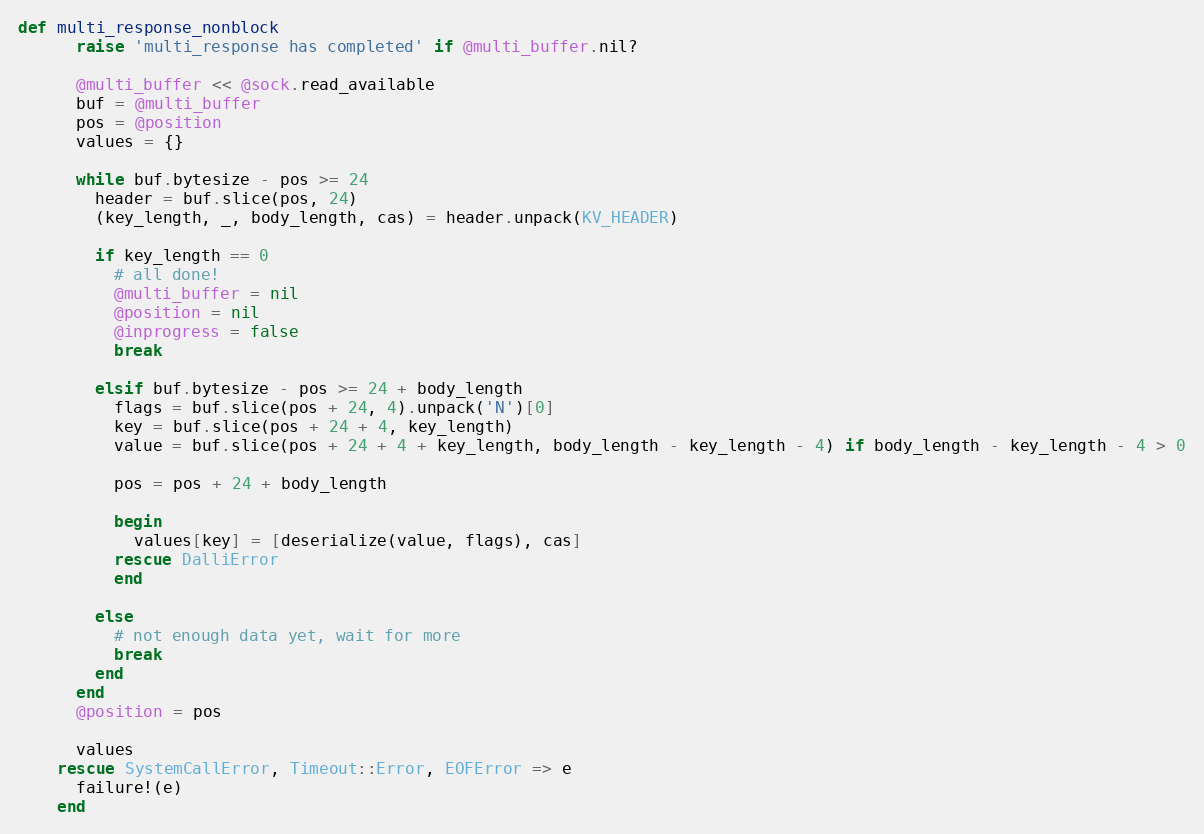
Language: Ruby
def multi_response_nonblock
      raise 'multi_response has completed' if @multi_buffer.nil?

      @multi_buffer << @sock.read_available
      buf = @multi_buffer
      pos = @position
      values = {}

      while buf.bytesize - pos >= 24
        header = buf.slice(pos, 24)
        (key_length, _, body_length, cas) = header.unpack(KV_HEADER)

        if key_length == 0
          # all done!
          @multi_buffer = nil
          @position = nil
          @inprogress = false
          break

        elsif buf.bytesize - pos >= 24 + body_length
          flags = buf.slice(pos + 24, 4).unpack('N')[0]
          key = buf.slice(pos + 24 + 4, key_length)
          value = buf.slice(pos + 24 + 4 + key_length, body_length - key_length - 4) if body_length - key_length - 4 > 0

          pos = pos + 24 + body_length

          begin
            values[key] = [deserialize(value, flags), cas]
          rescue DalliError
          end

        else
          # not enough data yet, wait for more
          break
        end
      end
      @position = pos

      values
    rescue SystemCallError, Timeout::Error, EOFError => e
      failure!(e)
    end